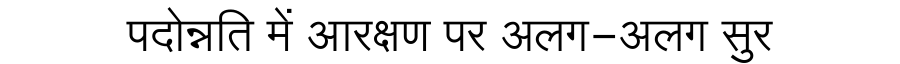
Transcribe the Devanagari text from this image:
पदोन्नति में आरक्षण पर अलग-अलग सुर